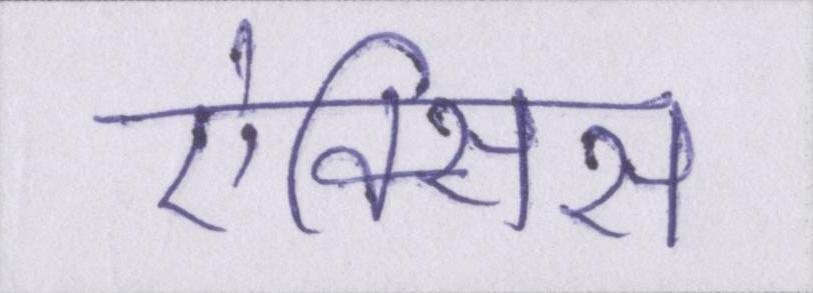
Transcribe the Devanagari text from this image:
ऐक्सिस